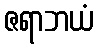
ဇရာဘယံ